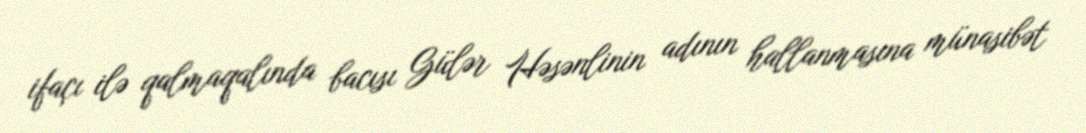
ifaçı ilə qalmaqalında bacısı Gülər Həsənlinin adının hallanmasına münasibət